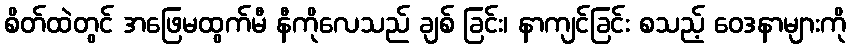
စိတ်ထဲတွင် အဖြေမထွက်မီ နီကိုလေသည် ချစ် ခြင်း၊ နာကျင်ခြင်း စသည့် ဝေဒနာများကို